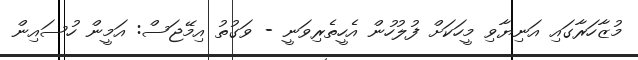
މުޒާހަރާގައި އަނިޔާވި މީހަކަށް ފުލުހުން އެހީތެރިވަނީ - ވަގުތު އިމޭޖަސް: އަމީން ހުސައިން